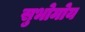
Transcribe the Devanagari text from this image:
सुभोमोय